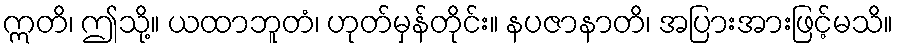
ဣတိ၊ ဤသို့။ ယထာဘူတံ၊ ဟုတ်မှန်တိုင်း။ နပဇာနာတိ၊ အပြားအားဖြင့်မသိ။